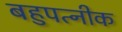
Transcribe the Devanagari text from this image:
बहुपत्‍नीक